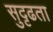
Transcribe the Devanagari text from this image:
सुदृढता